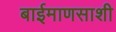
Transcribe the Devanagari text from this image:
बाईमाणसाशी